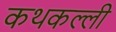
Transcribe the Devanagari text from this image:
कथकल्ली